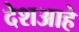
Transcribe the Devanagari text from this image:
देशआहे